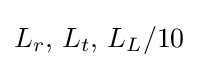
L_{r},\,L_{t},\,L_{L}/10